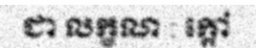
ជា លក្ខណ : ក្តៅ